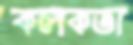
কলকতা